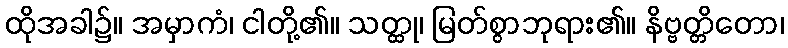
ထိုအခါ၌။ အမှာကံ၊ ငါတို့၏။ သတ္ထု၊ မြတ်စွာဘုရား၏။ နိဗ္ဗတ္တိတော၊